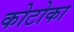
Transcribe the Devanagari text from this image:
कोटोका